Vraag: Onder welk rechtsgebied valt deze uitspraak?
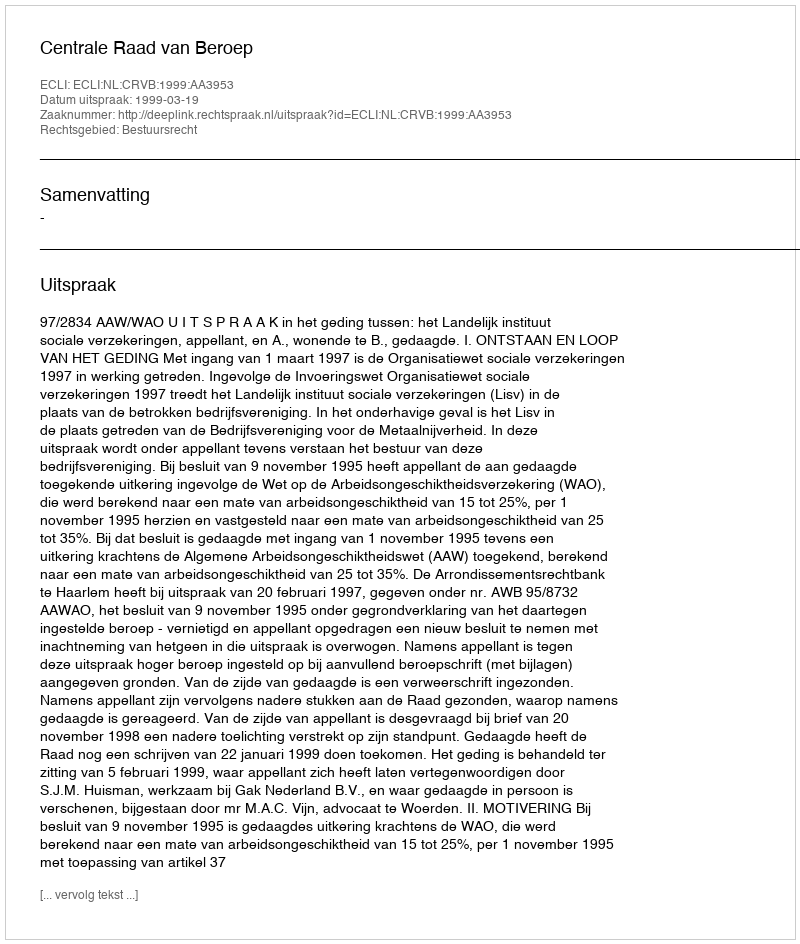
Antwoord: Bestuursrecht